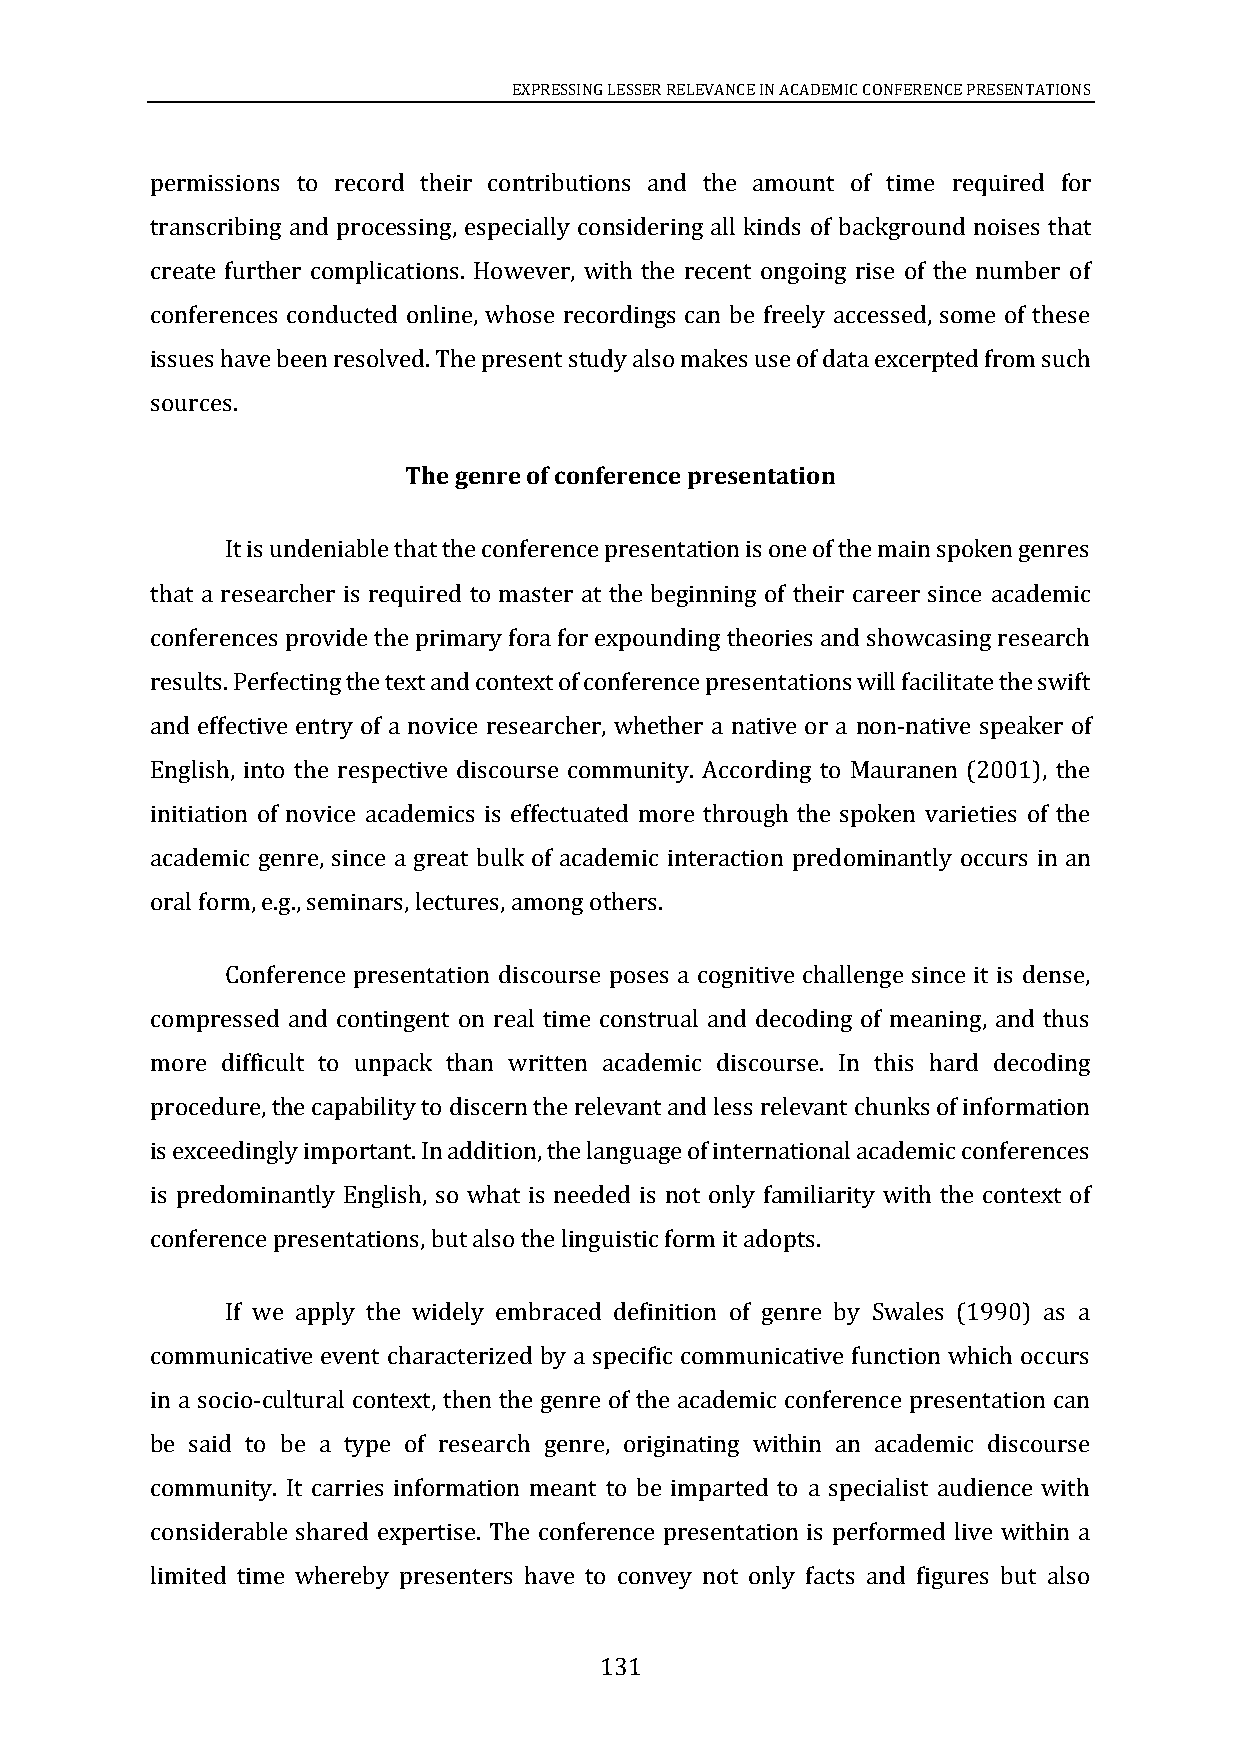
EXPRESSING LESSER RELEVANCE IN ACADEMIC CONFERENCE PRESENTATIONS
 permissions to record their contributions and the amount of time required for
 transcribing and processing, especially considering all kinds of background noises that
 create further complications. However, with the recent ongoing rise of the number of
 conferences conducted online, whose recordings can be freely accessed, some of these
 issues have been resolved. The present study also makes use of data excerpted from such
 sources.
 The genre of conference presentation
 It is undeniable that the conference presentation is one of the main spoken genres
 that a researcher is required to master at the beginning of their career since academic
 conferences provide the primary fora for expounding theories and showcasing research
 results. Perfecting the text and context of conference presentations will facilitate the swift
 and effective entry of a novice researcher, whether a native or a non-native speaker of
 English, into the respective discourse community. According to Mauranen (2001), the
 initiation of novice academics is effectuated more through the spoken varieties of the
 academic genre, since a great bulk of academic interaction predominantly occurs in an
 oral form, e.g., seminars, lectures, among others.
 Conference presentation discourse poses a cognitive challenge since it is dense,
 compressed and contingent on real time construal and decoding of meaning, and thus
 more difficult to unpack than written academic discourse. In this hard decoding
 procedure, the capability to discern the relevant and less relevant chunks of information
 is exceedingly important. In addition, the language of international academic conferences
 is predominantly English, so what is needed is not only familiarity with the context of
 conference presentations, but also the linguistic form it adopts.
 If we apply the widely embraced definition of genre by Swales (1990) as a
 communicative event characterized by a specific communicative function which occurs
 in a socio-cultural context, then the genre of the academic conference presentation can
 be said to be a type of research genre, originating within an academic discourse
 community. It carries information meant to be imparted to a specialist audience with
 considerable shared expertise. The conference presentation is performed live within a
 limited time whereby presenters have to convey not only facts and figures but also
 131